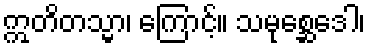
ဣတိတသ္မာ၊ ကြောင့်။ သမုစ္ဆေဒေါ၊